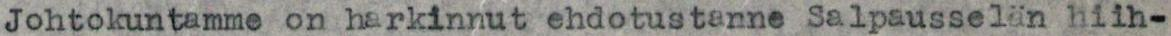
Johtokuntamme on harkinnut ehdotustanne Salpausselän hiih-